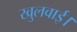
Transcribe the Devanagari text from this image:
खुलवाई।